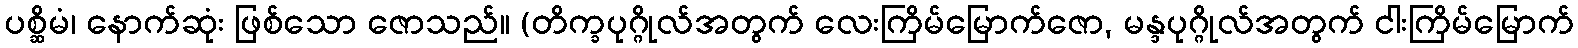
ပစ္ဆိမံ၊ နောက်ဆုံး ဖြစ်သော ဇောသည်။ (တိက္ခပုဂ္ဂိုလ်အတွက် လေးကြိမ်မြောက်ဇော, မန္ဒပုဂ္ဂိုလ်အတွက် ငါးကြိမ်မြောက်